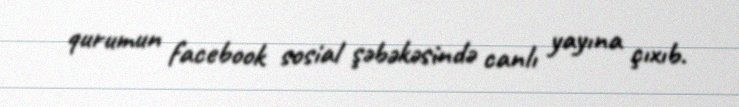
qurumun facebook sosial şəbəkəsində canlı yayına çıxıb.